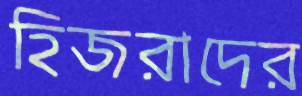
হিজরাদের